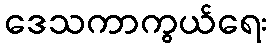
ဒေသကာကွယ်ရေး